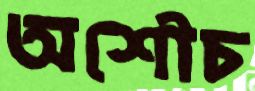
অশৌচ